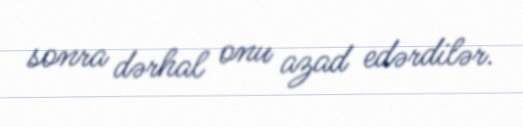
sonra dərhal onu azad edərdilər.